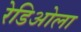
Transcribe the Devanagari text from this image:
रेडिओला